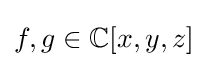
f,g\in \mathbb {C} [x,y,z]